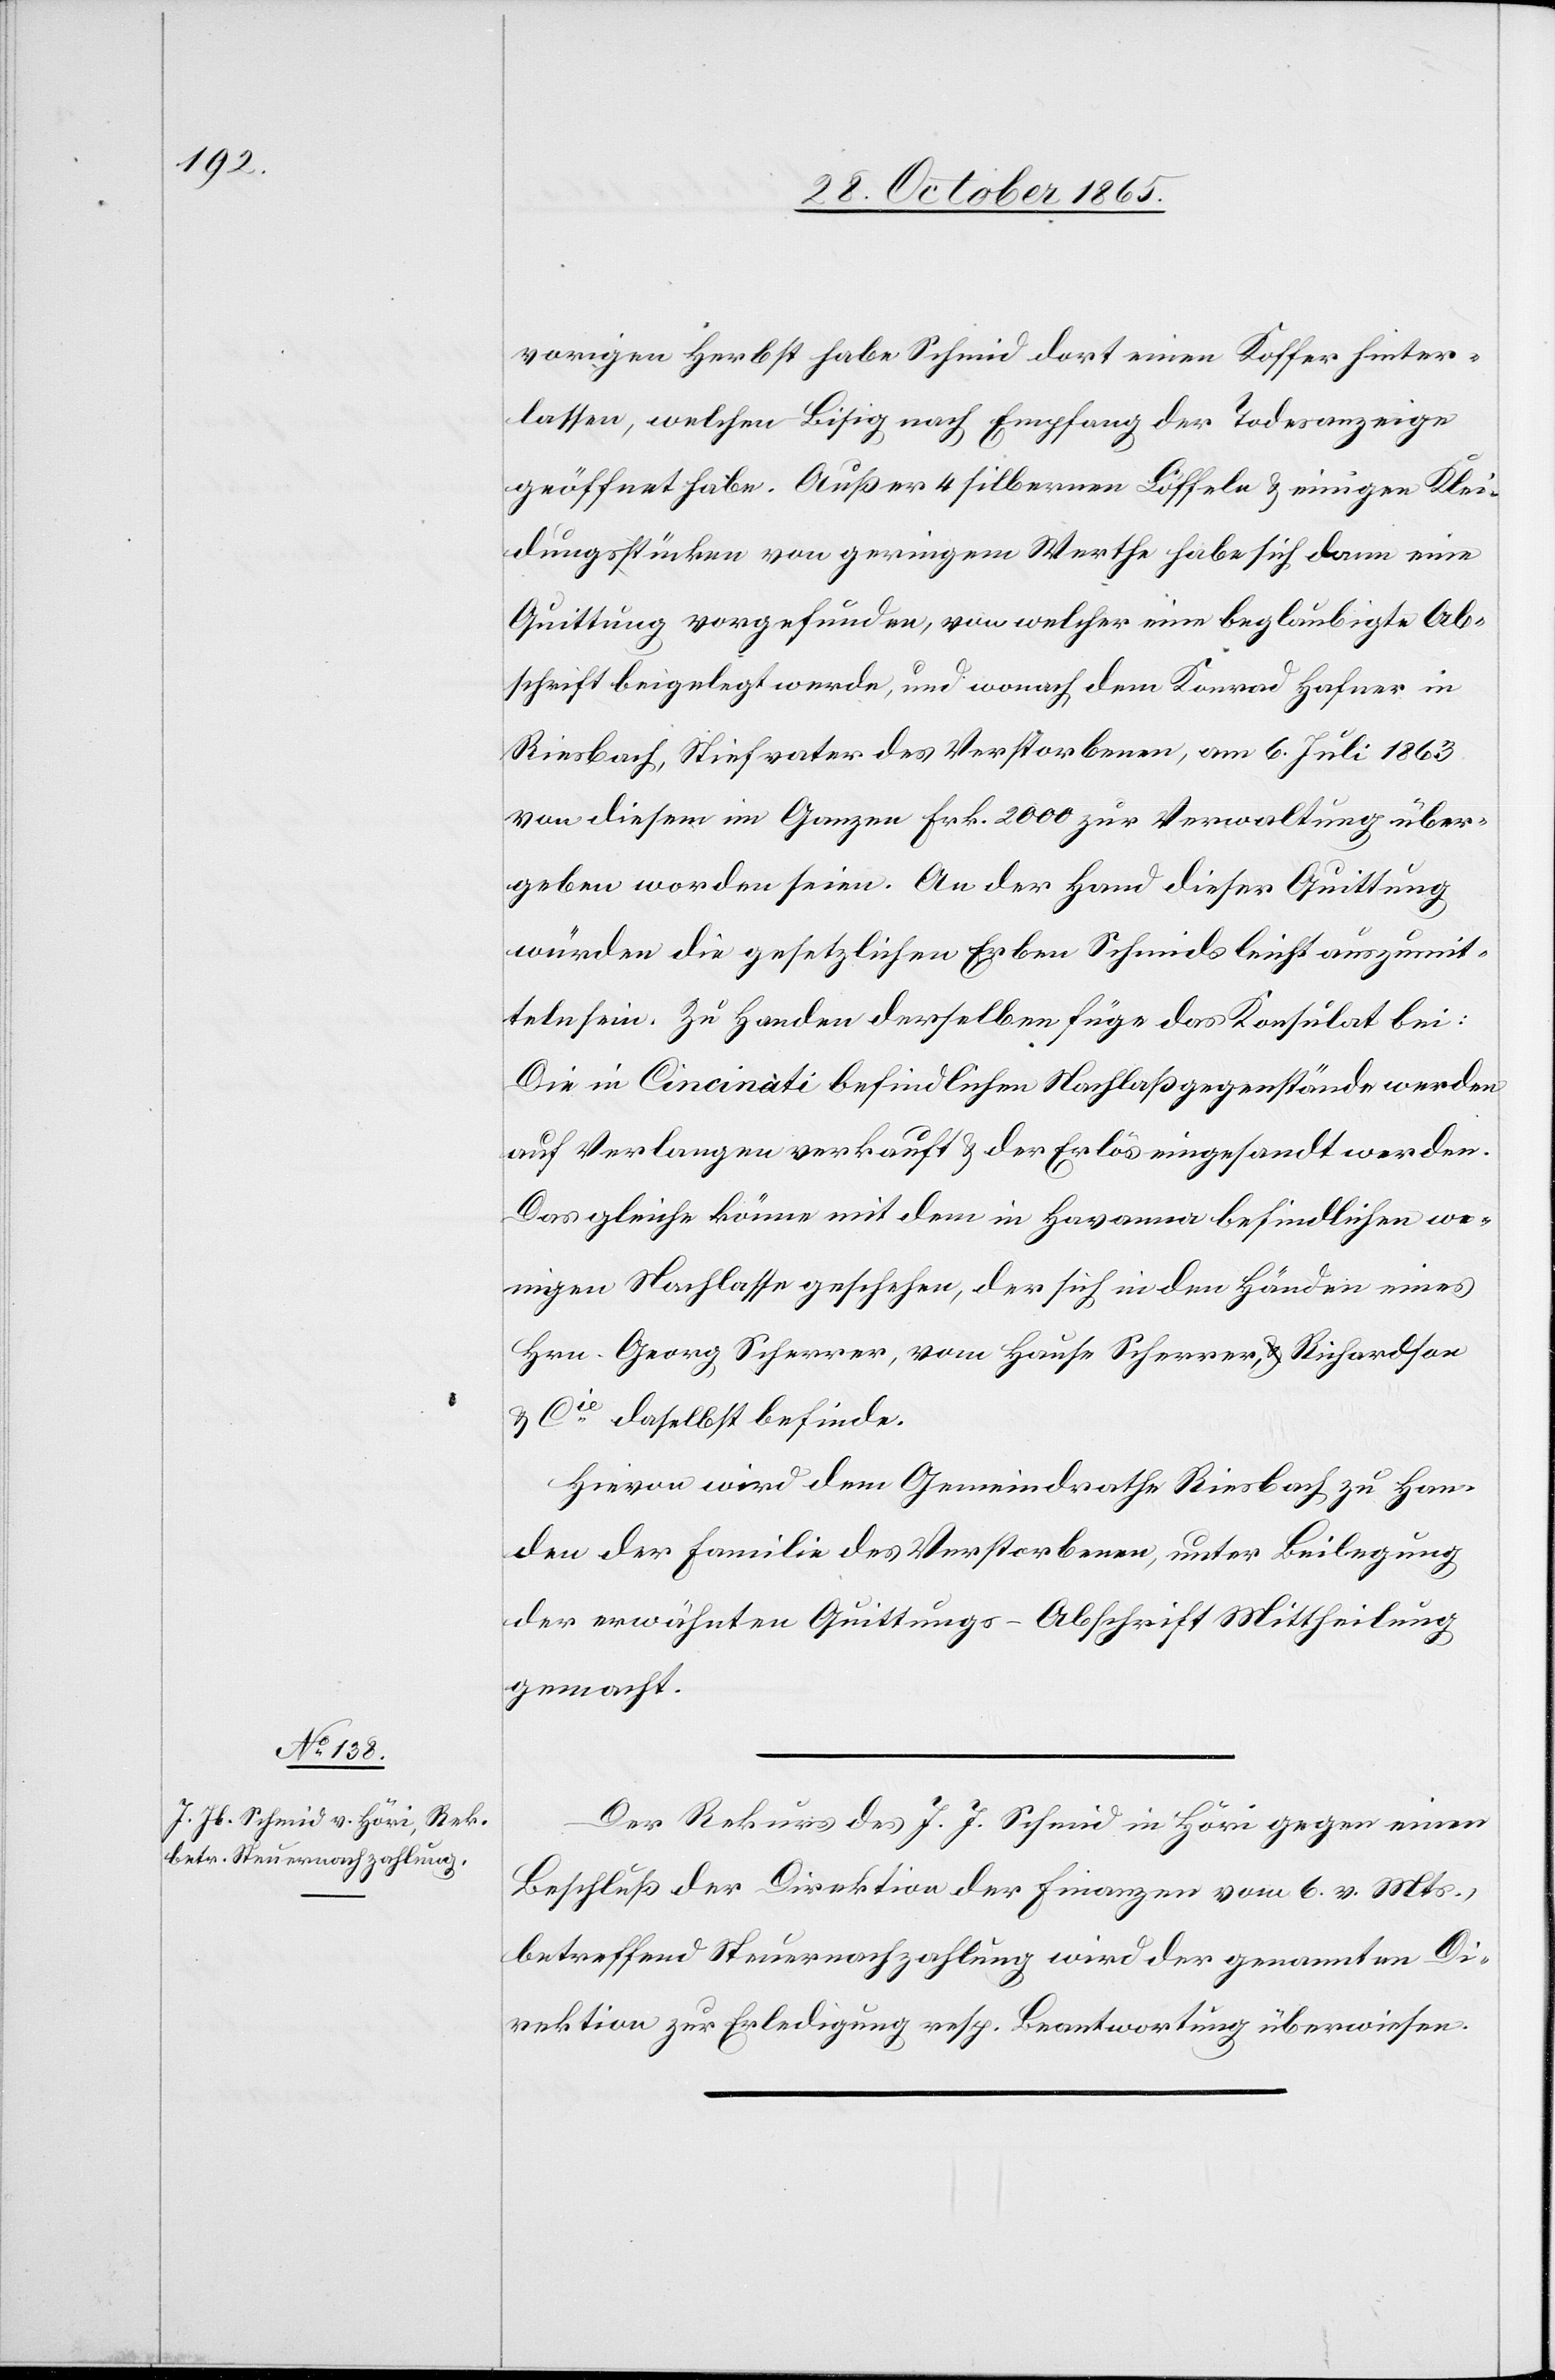
3. November 1865.]
vorigen Herbst habe Schmid dort einen Koffer hinter¬
lassen, welchen Bisig nach Empfang der Todesanzeige
geöffnet habe. Außer 4 silbernen Löffeln & einigen Klei¬
dungsstücken von geringem Werthe habe sich dann eine
Quittung vorgefunden, von welcher eine beglaubigte Ab¬
schrift beigelegt werde, und wonach dem Konrad Hafner in
Riesbach, Stiefvater des Verstorbenen, am 6. Juli 1863
von diesem im Ganzen Frk. 2000 zur Verwaltung über¬
geben worden seien. An der Hand dieser Quittung
würden die gesetzlichen Erben Schmids leicht auszumit¬
teln sein. Zu Handen derselben füge das Konsulat bei:
Die in Cincinati befindlichen Nachlaßgegenstände werden
auf Verlangen verkauft & der Erlös eingesandt werden.
Das gleiche könne mit dem in Havanna befindlichen we¬
nigen Nachlasse geschehen, der sich in den Händen eines
Hrn. Georg Scherrer, vom Hause Scherrer, Richardson
& Cie daselbst befinde.
Hievon wird dem Gemeindrathe Riesbach zu Han¬
den der Familie des Verstorbenen, unter Beilegung
der erwähnten Quittungs-Abschrift Mittheilung
gemacht.
Der Rekurs des J. J. Schmid in Höri gegen einen
Beschluß der Direktion der Finanzen vom 6. v. Mts.,
betreffend Steuernachzahlung wird der genannten Di¬
rektion zur Erledigung resp. Beantwortung überwiesen.